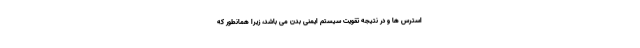
استرس ها و در نتیجه تقویت سیستم ایمنی بدن می باشد، زیرا همانطور که